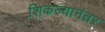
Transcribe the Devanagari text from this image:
शिकल्यानंतर